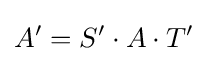
A'=S'\cdot A\cdot T'